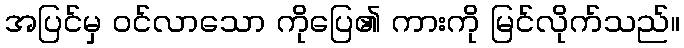
အပြင်မှ ဝင်လာသော ကိုပြေ၏ ကားကို မြင်လိုက်သည်။